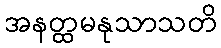
အနတ္ထမနုသာသတိ